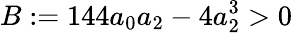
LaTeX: B:=144a_{0}a_{2}-4a_{2}^{3}>0